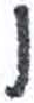
אות: ו